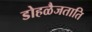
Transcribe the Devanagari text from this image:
डोहळैजताति